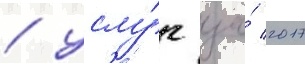
/ услу́г за́ 2017